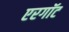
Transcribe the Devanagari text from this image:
एरगॉट